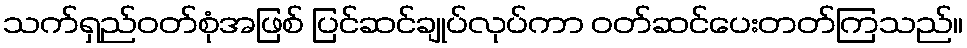
သက်ရှည်ဝတ်စုံအဖြစ် ပြင်ဆင်ချုပ်လုပ်ကာ ဝတ်ဆင်ပေးတတ်ကြသည်။